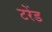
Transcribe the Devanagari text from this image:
टरेंड